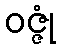
ဝဇ္ဇုံ